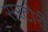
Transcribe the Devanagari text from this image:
सरटोरी